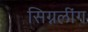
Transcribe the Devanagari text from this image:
सिग्नलींग